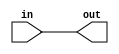
module Extender_n(out,in);//将一个a位数无符号扩展成b?
    output wire [b-1:0]out;
    input wire [a-1:0]in;
    parameter a = 0;
    parameter b = 0;
    assign out [b-1:0] ={{b-a{1'b0}},in[a-1:0]};
endmodule
module Extender_y(out,in);//将一个a位数有符号扩展成b?
    output wire [b-1:0]out;
    input wire [a-1:0]in;
    parameter a = 0;
    parameter b = 0;
    assign out [b-1:0] ={{b-a{in[a-1]}},in[a-1:0]};
endmodule